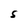
Character: S